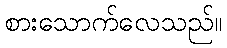
စားသောက်လေသည်။